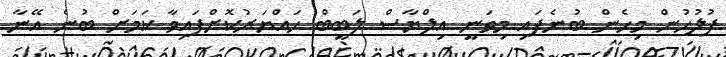
ފުލުހުން މިހެން ބުނެފައި މިވަނީ އިލްޔާސް ލަބީބް ހައްޔަރުކޮށްފައިވާ ކަމަށް ބުނެ އޭނާ